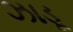
ઝાડૂ